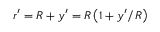
r ^ { \prime } = R + y ^ { \prime } = R \left( 1 + y ^ { \prime } / R \right)